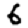
Digit: 6